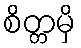
စိတ္တမှိ